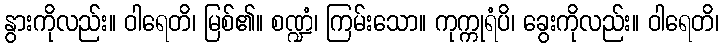
နွားကိုလည်း။ ဝါရေတိ၊ မြစ်၏။ စဏ္ဍံ၊ ကြမ်းသော။ ကုက္ကုရံပိ၊ ခွေးကိုလည်း။ ဝါရေတိ၊